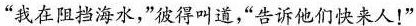
”我在阻挡海水，”彼得叫道，”告诉他们快来人！”